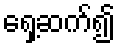
ရှေ့ဆက်၍